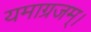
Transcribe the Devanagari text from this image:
यमाग्रजम्।